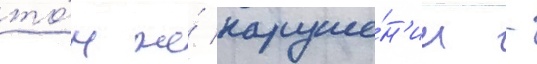
то́м же́ наруше́н'ии -